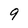
Character: 9